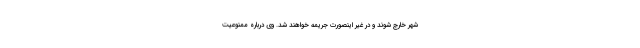
شهر خارج شوند و در غیر اینصورت جریمه خواهند شد. وی درباره ممنوعیت